Vaccine operations Central Provinces & Berar 1912-1920 - 1912-1920
Year: 1912
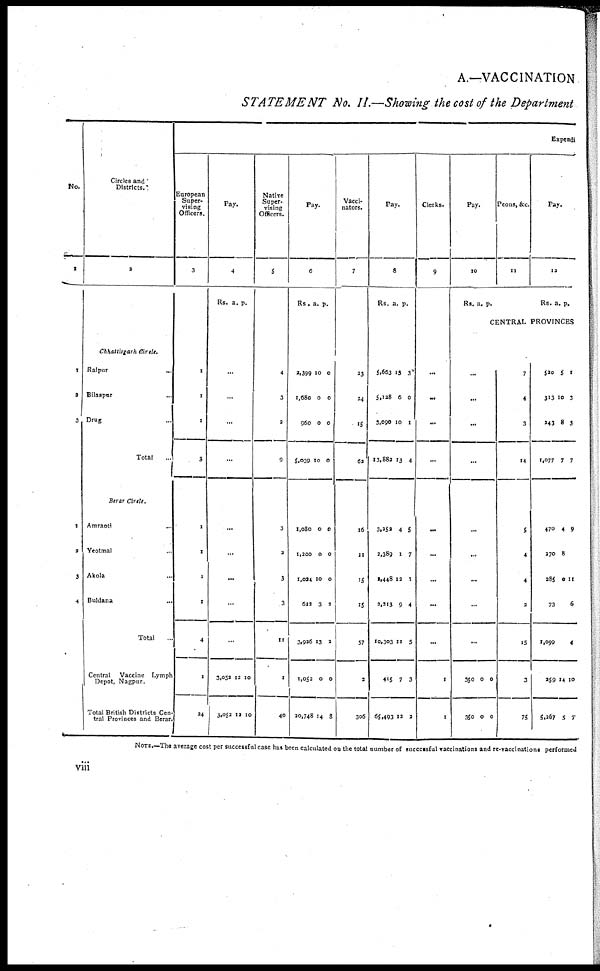
A.—VACCINATION
STATEMENT
No. II.—Showing the cost of the Department
No.
1
1
2
3
1
2
3
4
Circles and
Districts.
2
Chhattitgarh Circle.
Raipur...
Bilaspur...
Drug...
Total...
Berar Circle.
Amraoti...
Yeotmal...
Akola...
Buldana...
Total...
Central Vaccine Lymph
Depot, Nagpur.
Total British Districts Cen-
tral Provinces and Berar.
Expendi
European
Super-
vising
Officers.
3
1
1
1
3
1
1
1
1
4
1
24
Pay.
4
Rs. a. p.
...
...
...
...
...
...
...
...
...
3,052
3,052
12
12
10
10
Native
Super-
vising
Officers.
5
4
3
2
9
3
2
3
3
11
1
40
Pay.
6
Rs. a. p.
2,399
1,680
960
5,039
10
0
0
10
0
0
0
0
1,080
1,200
1,024
622
3,926
1,052
20,748
0
0
10
3
13
0
14
0
0
0
2
2
0
8
Vacci-
nators.
7
23
24
15
62
16
11
15
15
57
2
306
Pay.
8
Rs. a. p.
5,663
5,128
3,090
13,882
13
6
10
13
3
0
1
4
3,252
2,389
2,448
2,213
10,303
415
65,493
4
1
12
9
11
7
12
5
7
1
4
5
3
2
Clerks.
9
...
...
...
...
...
...
...
...
...
1
1
Pay.
10
Rs. a. p.
Peons, &c.
11
Pay.
12
Rs. a.
p.
CENTRAL PROVINCES
...
...
...
...
...
...
...
...
...
350
350
0
0
0
0
7
4
3
14
5
4
4
2
15
3
75
520
313
243
1,077
5
10
8
7
1
3
3
7
470
270
285
73
1,099
259
5,267
4
8
0
14
5
9
11
6
4
10
7
NOTE.—The average cost per successful case has been calculated on the total number of successful vaccinations and re-vaccinations performed
viii